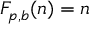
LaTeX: F _ { p , b } ( n ) = n